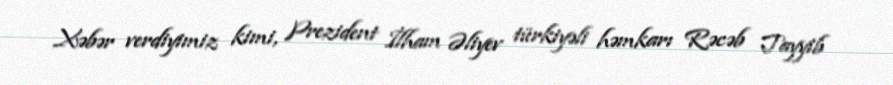
Xəbər verdiyimiz kimi, Prezident İlham Əliyev türkiyəli həmkarı Rəcəb Tayyib